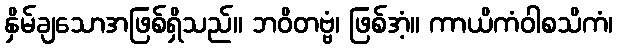
နှိမ်ချသောအဖြစ်ရှိသည်။ ဘဝိတဗ္ဗံ၊ ဖြစ်အံ့။ ကာယိကံဝါစသိကံ၊